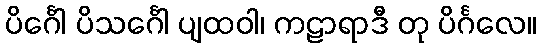
ပိင်္ဂေါ ပိသင်္ဂေါ ပျထဝါ၊ ကဠာရာဒီ တု ပိင်္ဂလေ။